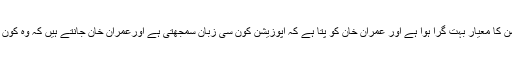
انہوں نے کہا کہ اپوزیشن کا معیار بہت گرا ہوا ہے اور عمران خان کو پتا ہے کہ اپوزیشن کون سی زبان سمجھتی ہے اورعمران خان جانتے ہیں کہ وہ کون سی زبان بول رہے ہیں۔